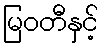
မြဝတီနှင့်